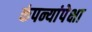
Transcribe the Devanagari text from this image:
कंपन्यांपेक्षा